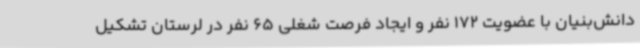
دانش‌بنیان با عضویت 172 نفر و ایجاد فرصت شغلی 65 نفر در لرستان تشکیل